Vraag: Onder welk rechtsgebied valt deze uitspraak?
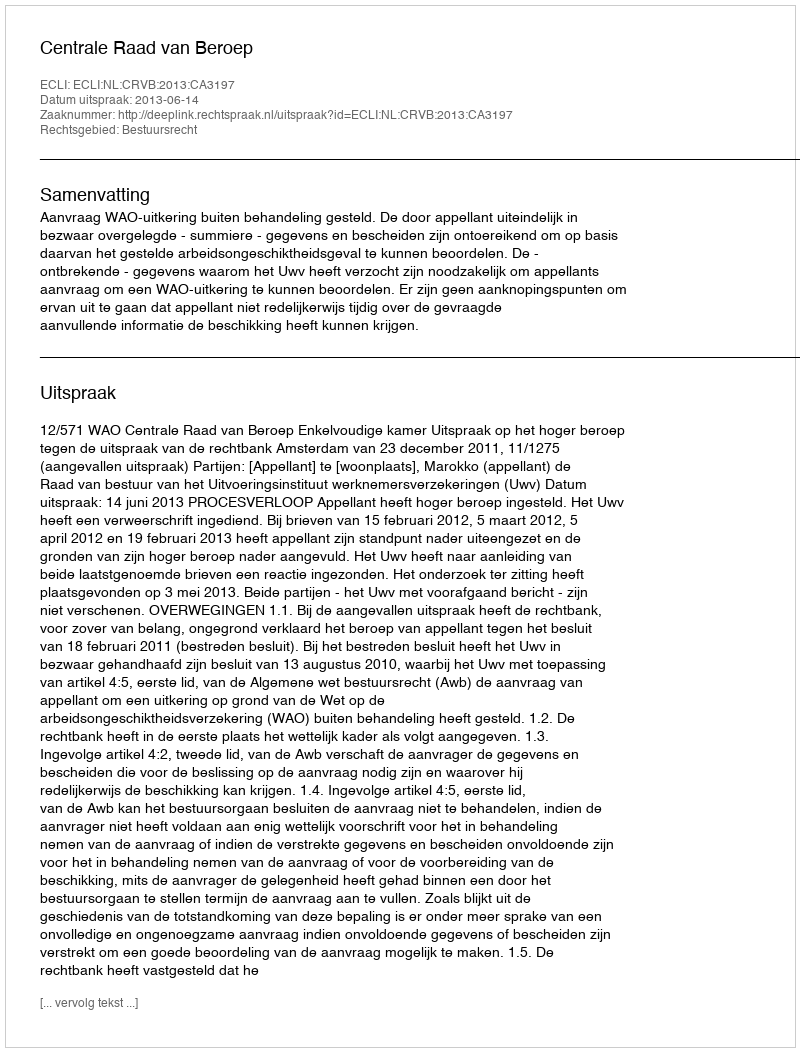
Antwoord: Bestuursrecht